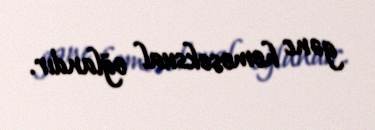
gənc homoseksual oğlandır.